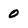
Character: 0